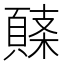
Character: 𩓸